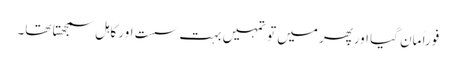
فوراً مان گیا اورپھر میں تو تمہیں بہت سست اور کاہل سمجھتا تھا۔